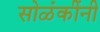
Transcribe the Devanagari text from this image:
सोळंकींनी